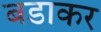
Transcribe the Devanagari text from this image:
बडाकर